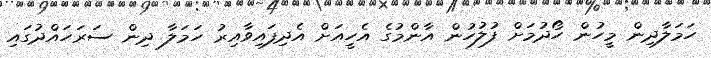
ހަމަލާދިން މީހުން ހޯދުމަށް ފުލުހުން އާންމުގެ އެހީއަށް އެދިފައިވާއިރު ހަމަލާ ދިން ސަރަހައްދުގައި